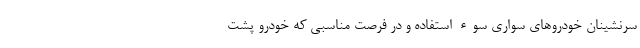
سرنشینان خودروهای سواری سوء استفاده و در فرصت مناسبی که خودرو پشت